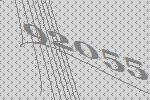
92055